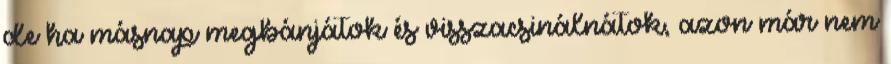
de ha másnap megbánjátok és visszacsinálnátok, azon már nem